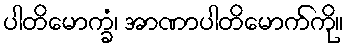
ပါတိမောက္ခံ၊ အာဏာပါတိမောက်ကို။